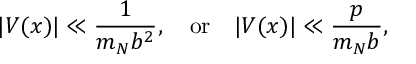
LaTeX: | V ( x ) | \ll \frac { 1 } { m _ { N } b ^ { 2 } } , \quad \mathrm { o r } \quad | V ( x ) | \ll \frac { p } { m _ { N } b } ,